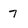
Character: 7